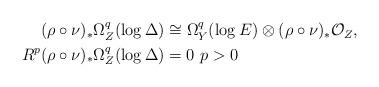
LaTeX: \begin{align*}\begin{aligned}(\rho\circ\nu)_*\Omega_Z^q(\log\Delta)&\cong \Omega_Y^q(\log E)\otimes (\rho\circ\nu)_*\mathcal O_Z,\\ R^p(\rho\circ\nu)_*\Omega_Z^q(\log\Delta)&=0 \ p>0\end{aligned}\end{align*}